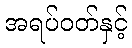
အရပ်ဝတ်နှင့်